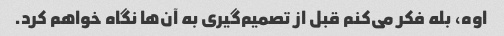
اوه، بله فکر می‌کنم قبل از تصمیم‌گیری به آن‌ها نگاه خواهم کرد.